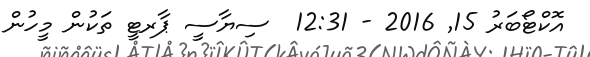
އޮކްޓޯބަރު 15